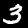
Label: 3